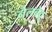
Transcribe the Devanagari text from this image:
नेलबेवू